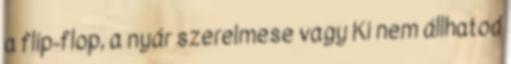
a flip-flop, a nyár szerelmese vagy Ki nem állhatod